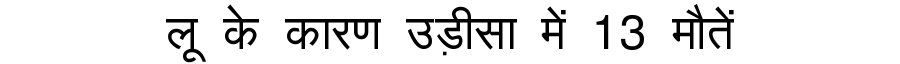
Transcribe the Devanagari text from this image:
लू के कारण उड़ीसा में 13 मौतें